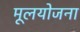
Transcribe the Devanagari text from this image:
मूलयोजना